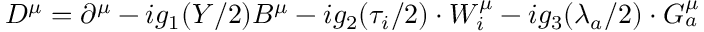
D ^ { \mu } = \partial ^ { \mu } - i g _ { 1 } ( Y / 2 ) B ^ { \mu } - i g _ { 2 } ( \tau _ { i } / 2 ) \cdot W _ { i } ^ { \mu } - i g _ { 3 } ( \lambda _ { a } / 2 ) \cdot G _ { a } ^ { \mu }